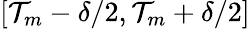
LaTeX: [\mathcal{T}_{m}-\delta/2,\mathcal{T}_{m}+\delta/2]